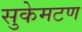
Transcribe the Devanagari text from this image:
सुकेमटण